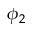
\phi _ { 2 }